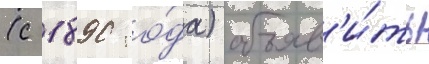
(с 1890 го́да) объяв'и́ть